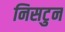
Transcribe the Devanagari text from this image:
निसटुन